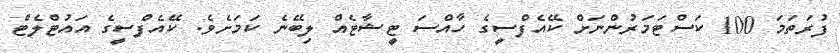
ފުރަތަމަ 100 ކަސްޓަމަރުންނަށް ކޭއެފްސީގެ ހާއްސަ ޓީޝާޓެއް ލިބޭނެ ކަމަށެވެ. ކޭއެފްސީގެ އައުޓްލެޓް